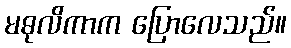
မဓုလိကာက ပြောလေသည်။